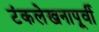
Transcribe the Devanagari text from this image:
टंकलेखनापूर्वी